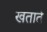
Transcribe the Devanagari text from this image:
खताते